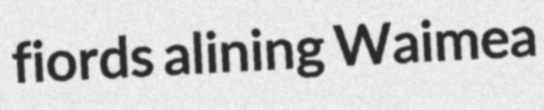
fiords alining Waimea